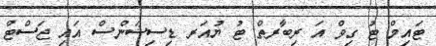
ޓައިމް ޓު ގިވް އަ ރިބާރތް ޓު ޔުއަރ ޑިސިޝަންސް އައި ޖަސްޓް